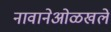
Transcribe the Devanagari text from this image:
नावानेओळखले